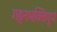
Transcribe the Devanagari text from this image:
गहनभक्तिपूर्ण